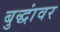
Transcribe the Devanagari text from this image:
बुद्धांवर